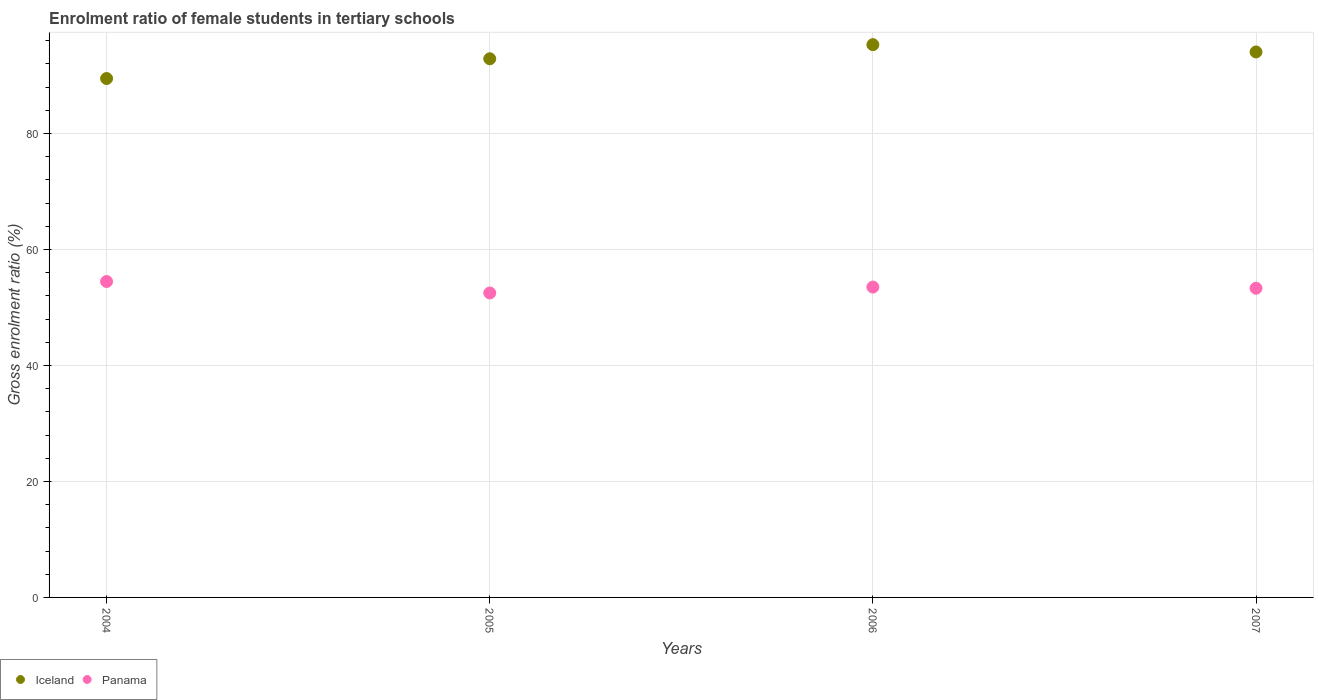
| Years | Iceland | Panama |
 | --- | --- | --- |
 | 2004 | 89.5 | 54.5 |
 | 2005 | 92.9 | 52.5 |
 | 2006 | 95.3 | 53.5 |
 | 2007 | 94 | 53.3 |